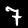
Digit: 7